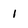
Character: 1